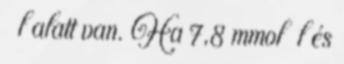
l alatt van. Ha 7,8 mmol l és